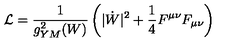
{ \cal L } = { \frac { 1 } { g _ { Y M } ^ { 2 } ( W ) } } \left( | \dot { W } | ^ { 2 } + { \frac { 1 } { 4 } } F ^ { \mu \nu } F _ { \mu \nu } \right)